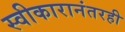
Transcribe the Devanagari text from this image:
स्वीकारानंतरही